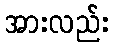
အားလည်း